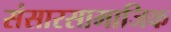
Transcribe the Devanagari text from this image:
संसारसामाजिक